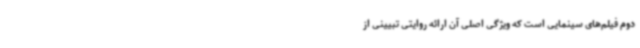
دوم فیلم‌های سینمایی است که ویژگی اصلی آن‌ ارائه روایتی تبیینی از